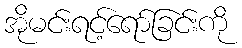
အိုမင်းရင့်ရော်ခြင်းကို